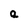
Character: a